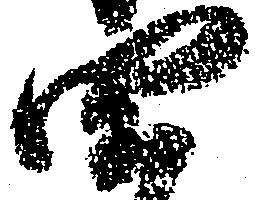
四